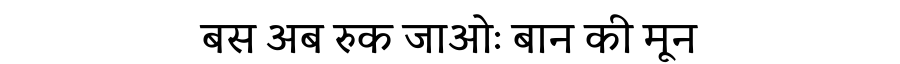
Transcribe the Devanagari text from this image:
बस अब रुक जाओः बान की मून